Civil Veterinary Department. United Provinces 1912-22 - 1912-1922
Year: 1912
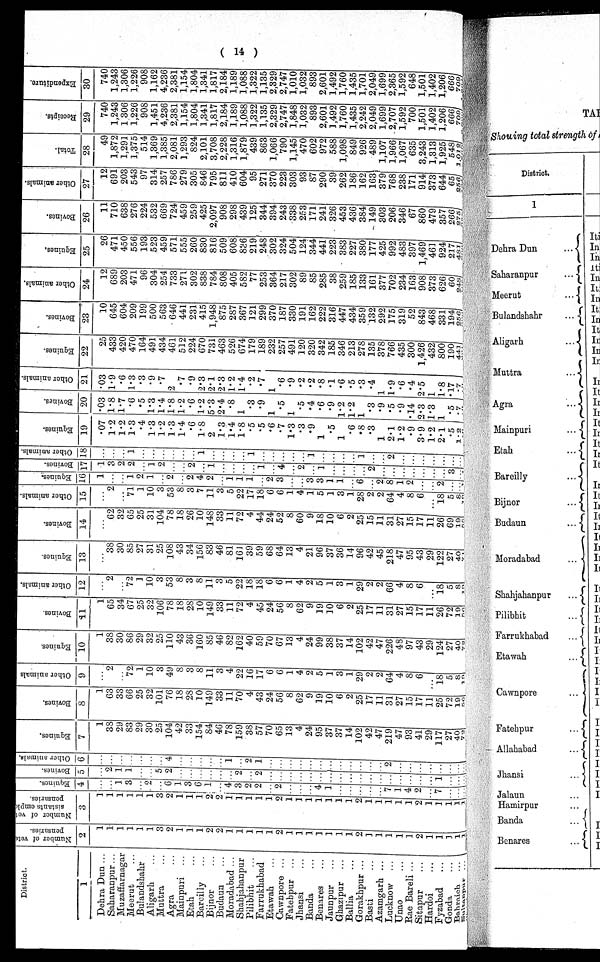
( 14 )
District.
1
Dehra Dun ...
Saharanpur ...
Muzaffarnagar
Meerut ...
Bulandshahr
Aligarh ...
Muttra ...
Agra ...
Mainpuri
...
Etah ...
Barcilly ...
Bijnor ...
Budaun ...
Moradabad ...
Shahjahanpur
Pilibhit ...
Farrukhabad
Etawah ...
Cawnpore ...
Fatehpur ...
Jhansi ...
Banda ...
Benares ...
Jaunpur ...
Ghazipur ...
Ballia ...
Gorakhpur ...
Basti ...
Azamgarh ...
Lucknow ...
Unao ...
Rae Bareli ...
Sitapur ...
Hardoi ...
Fyzabad ...
Gonda ...
Bahraich ...
Sultanpur ...
Number of vete
pensaries.
2
1
1
1
1
1
1
3
2
1
1
1
2
2
1
1
1
1
1
2
1
1
1
1
1
1
1
2
1
1
1
1
1
2
1
1
1
1 1
Number of vet
sistants emple
pensaries.
3
3
1
1
1
1
1
3
2
1
1
1
2
2
1
1
1
1
1
2
1
1
1
1
1
1
1
2
1
1
1
1
1
2
1
1
1
1
1
Equines.
4
...
...
1
3
...
2
...
6
1
3
6
1
...
4
3
2
2
...
2
...
...
...
4
1
...
...
...
...
...
7
1
4
2
...
7
...
...
...
Bovines.
5
...
2
1
1
...
...
5
2
...
...
...
...
...
...
2
...
2
...
...
...
...
...
...
...
...
...
...
...
...
...
...
...
...
...
1
...
...
...
Other animals.
6
...
...
...
...
...
...
...
4
...
...
...
...
...
1
...
2
1
...
...
...
...
...
...
...
...
...
...
...
...
2
...
...
...
...
...
...
...
...
Equines.
7
1
38
29
83
29
30
25
104
42
33
154
84
46
78
159
38
57
70
65
13
4
24
95
37
37
14
102
42
47
219
47
93
41
29
117
27
40
72
Bovines.
8
1
63
33
66
25
32
101
76
18
28
10
149
33
11
70
4
43
24
56
8
62
9
19
10
6
2
25
17
11
31
27
15
17
11
25
72
19
56
Other animals
9
...
2
...
72
1
10
3
49
8
3
8
11
3
4
22
16
17
6
6
1
4
2
5
1
3
1
29
2
2
64
4
8
6
...
18
5
8
19
Equines.
10
1
38
30
86
29
32
25
110
43
36
160
85
46
82
162
40
59
70
67
13
4
24
99
38
37
14
102
42
47
226
48
97
43
29
124
27
40
72
Bovines.
11
1
65
34
67
25
32
106
78
18
28
10
149
33
11
72
4
45
24
56
8
62
9
19
10
6
2
25
17
11
31
27
15
17
11
26
72
19
56
Other animals.
12
...
2
...
72
1
10
3
53
8
3
8
11 3
5
22
18
18
6
6
1
4
2
5
1
3
1
29
2
2
66
4
8
6
...
18
5
8
19
Equines.
13
...
38
30
85
27
31
25
108
43
34
156
83
46
81
161
39
59
68
64
13
4
21
96
37
36
14
96
42
45
218
47
95
43
29
122
27
40
71
Bovines.
14
...
62
32
65
25
31
104
78
18
26
10
148
33
11
72
4
44
24
52
8
60
9
18
10
6
2
25
15
11
31
27
15
17
11
26
69
19
56
Other animals.
15
...
2
...
71
1
10
3
53
8
3
7
11 3
5
22
17
18
6
6
1
4
1
5
1
3
1
28
2
2
64
4
8
6
...
18
5
8
19
Equines.
16
1
...
...
1
2
1
...
2
...
2
4
2
...
1 1
1
...
2
3
...
...
3
3
1
1
...
6
...
2
8
1
2
...
...
2
...
...
1
Bovines.
17
1
3
2
2
...
1
2
...
...
2
...
1
...
...
...
...
1
...
4
...
2
...
1
...
...
...
...
2
...
...
...
...
...
...
...
3
...
Other animals.
18
...
...
...
1
...
...
...
...
...
...
1
...
...
...
...
1
...
...
...
...
...
1
...
...
...
...
1
...
...
2
...
...
...
...
...
...
...
Equines.
19
.07
1.2
1.2
1.3
.4
1.3
1.2
1.3
1.4
.6
1.8
2
1.3
1.4
1.8
.5
.5
.6
.7
1.3
.3
.9
1
.5
1
.6
.8
.3
1
2.1
1.2
.9
3.9
1.2
2.1
.5
1.2
Bovines.
20
.03
1.8
1.7
.6
.5
1.3
1.4
1.8
1.2
.6
1.2
5.3
2.4
.8
1
.3
.9
1
.5
1
.5
.4
.6
.9
1.2
1.2
1
.3
.9
.5
.9
.14
2.3
1.3
1
.5
.7
Other animals.
21
.03
1.9
.6
1.3
.3
.9
.7
2
.7
.9
2.3
2.1
2.3
1.2
1.4
.2
.7
1
.6
.9
.2
.2
.8
.1
.6
.5
.3
.4
1
1.9
.6
.4
2.5
1
1.8
.17
.7
Equines.
22
25
433
420
470
164
491
434
461
512
224
670
731
463
526
674
179
189
232
257
491
120
320
342
185
346
213
278
135
378
766
435
300
1,426
432
800
190
441
Bovines.
23
10
645
604
209
199
500
563
646
441
231
415
1,948
875
287
367
121
299
370
187
330
191
162
222
316
447
434
359
132
292
175
319
52
843
468
331
194
256
Other animals.
24
12
689
203
471
96
304
254
733
271
302
838
784
808
405
582
77
253
364
217
302
89
85
285
38
259
185
133
161
377
702
234
163
908
373
626
60
248
Equines.
25
26
471
450
556
193
523
459
571
555
260
830
816
509
608
836
219
248
302
324
504
124
344
441
223
383
227
380
177
425
992
483
397
1,469
461
924
217
481
Bovines.
26
11
710
638
276
224
532
669
724
459
259
425
2,097
908
298
439
125
344
394
243
338
253
171
241
326
453
436
384
149
303
206
346
67
860
479
357
266
275
Other animals.
27
12
691
203
543
97
314
257
786
279
305
846
795
811
410
604
95
271
370
223
303
93
87
290
39
262
186
162
163
379
768
238
171
914
373
644
65
256
Total.
28
49
1,872
1,291
1,375
514
1,369
1,385
2,081
1,293
824
2,101
3,708
2,228
1,316
1,879
439
863
1,066
790
1,145
470
602
972
588
1,098
849
926
489
1,107
1,966
1,067
635
3,243
1,313
1,925
548
1,012
Receipts.
29
740
1,243
1,306
1,226
908
1,451
4,236
2,381
1,154
1,804
1,341
1,817
2,184
1,189
1,088
1,322
1,135
2,329
2,747
1,848
1,032
893
2,601
1,492
1,760
1,435
2,242
2,049
1,699
2,707
1,592
700
1,501
1,402
1,206
666
709
Expenditure.
30
740
1,243
1,306
1,226
908
1,162
4,236
2,381
1,154
1,804
1,341
1,817
2,184
1,189
1,088
1,322
1,135
2,329
2,747
1,010
1,032
893
2,601
1,492
1,760
1,435
1,701
2,049
1,699
2,365
1,592
648
1,501
1,402
1,206
666
709